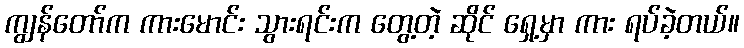
ကျွန်တော်က ကားမောင်း သွားရင်းက တွေ့တဲ့ ဆိုင် ရှေ့မှာ ကား ရပ်ခဲ့တယ်။